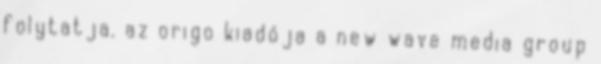
folytatja. az origo kiadója a new wave media group